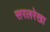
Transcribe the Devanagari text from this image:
सरलरेखा